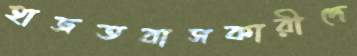
হাজতবাসকারীদে